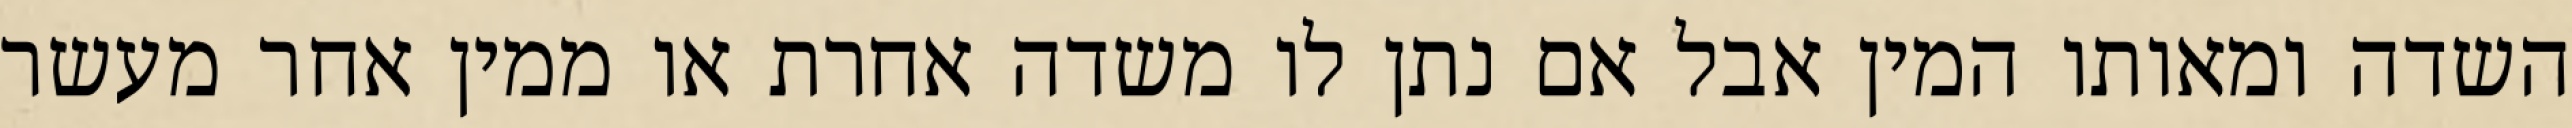
השדה ומאותו המין אבל אם נתן לו משדה אחרת או ממין אחר מעשר